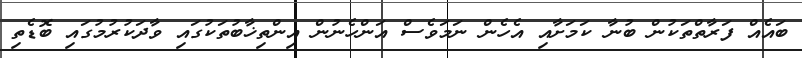
ބައެއް ފަރާތްތަކުން ބުނާ ކަމަށާއި އެހެން ނަމަވެސް އަންހެނުން އިންތިޚާބުތަކުގައި ވާދަކުރުމުގައި ބޮޑެތި